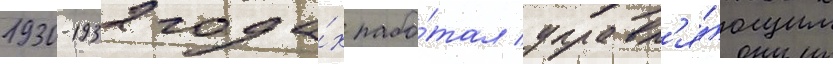
1930-1932 года́х рабо́тал управл'я́ющим